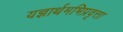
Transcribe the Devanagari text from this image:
यज्ञार्थमभिप्रवृत्ता